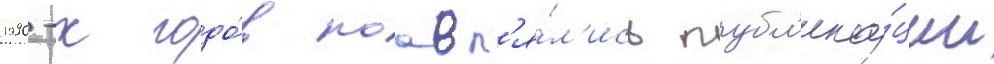
1990-х годо́в поавл'я́л'ись публ'ика́ции